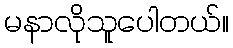
မနာလိုသူပေါတယ်။